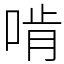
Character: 啃